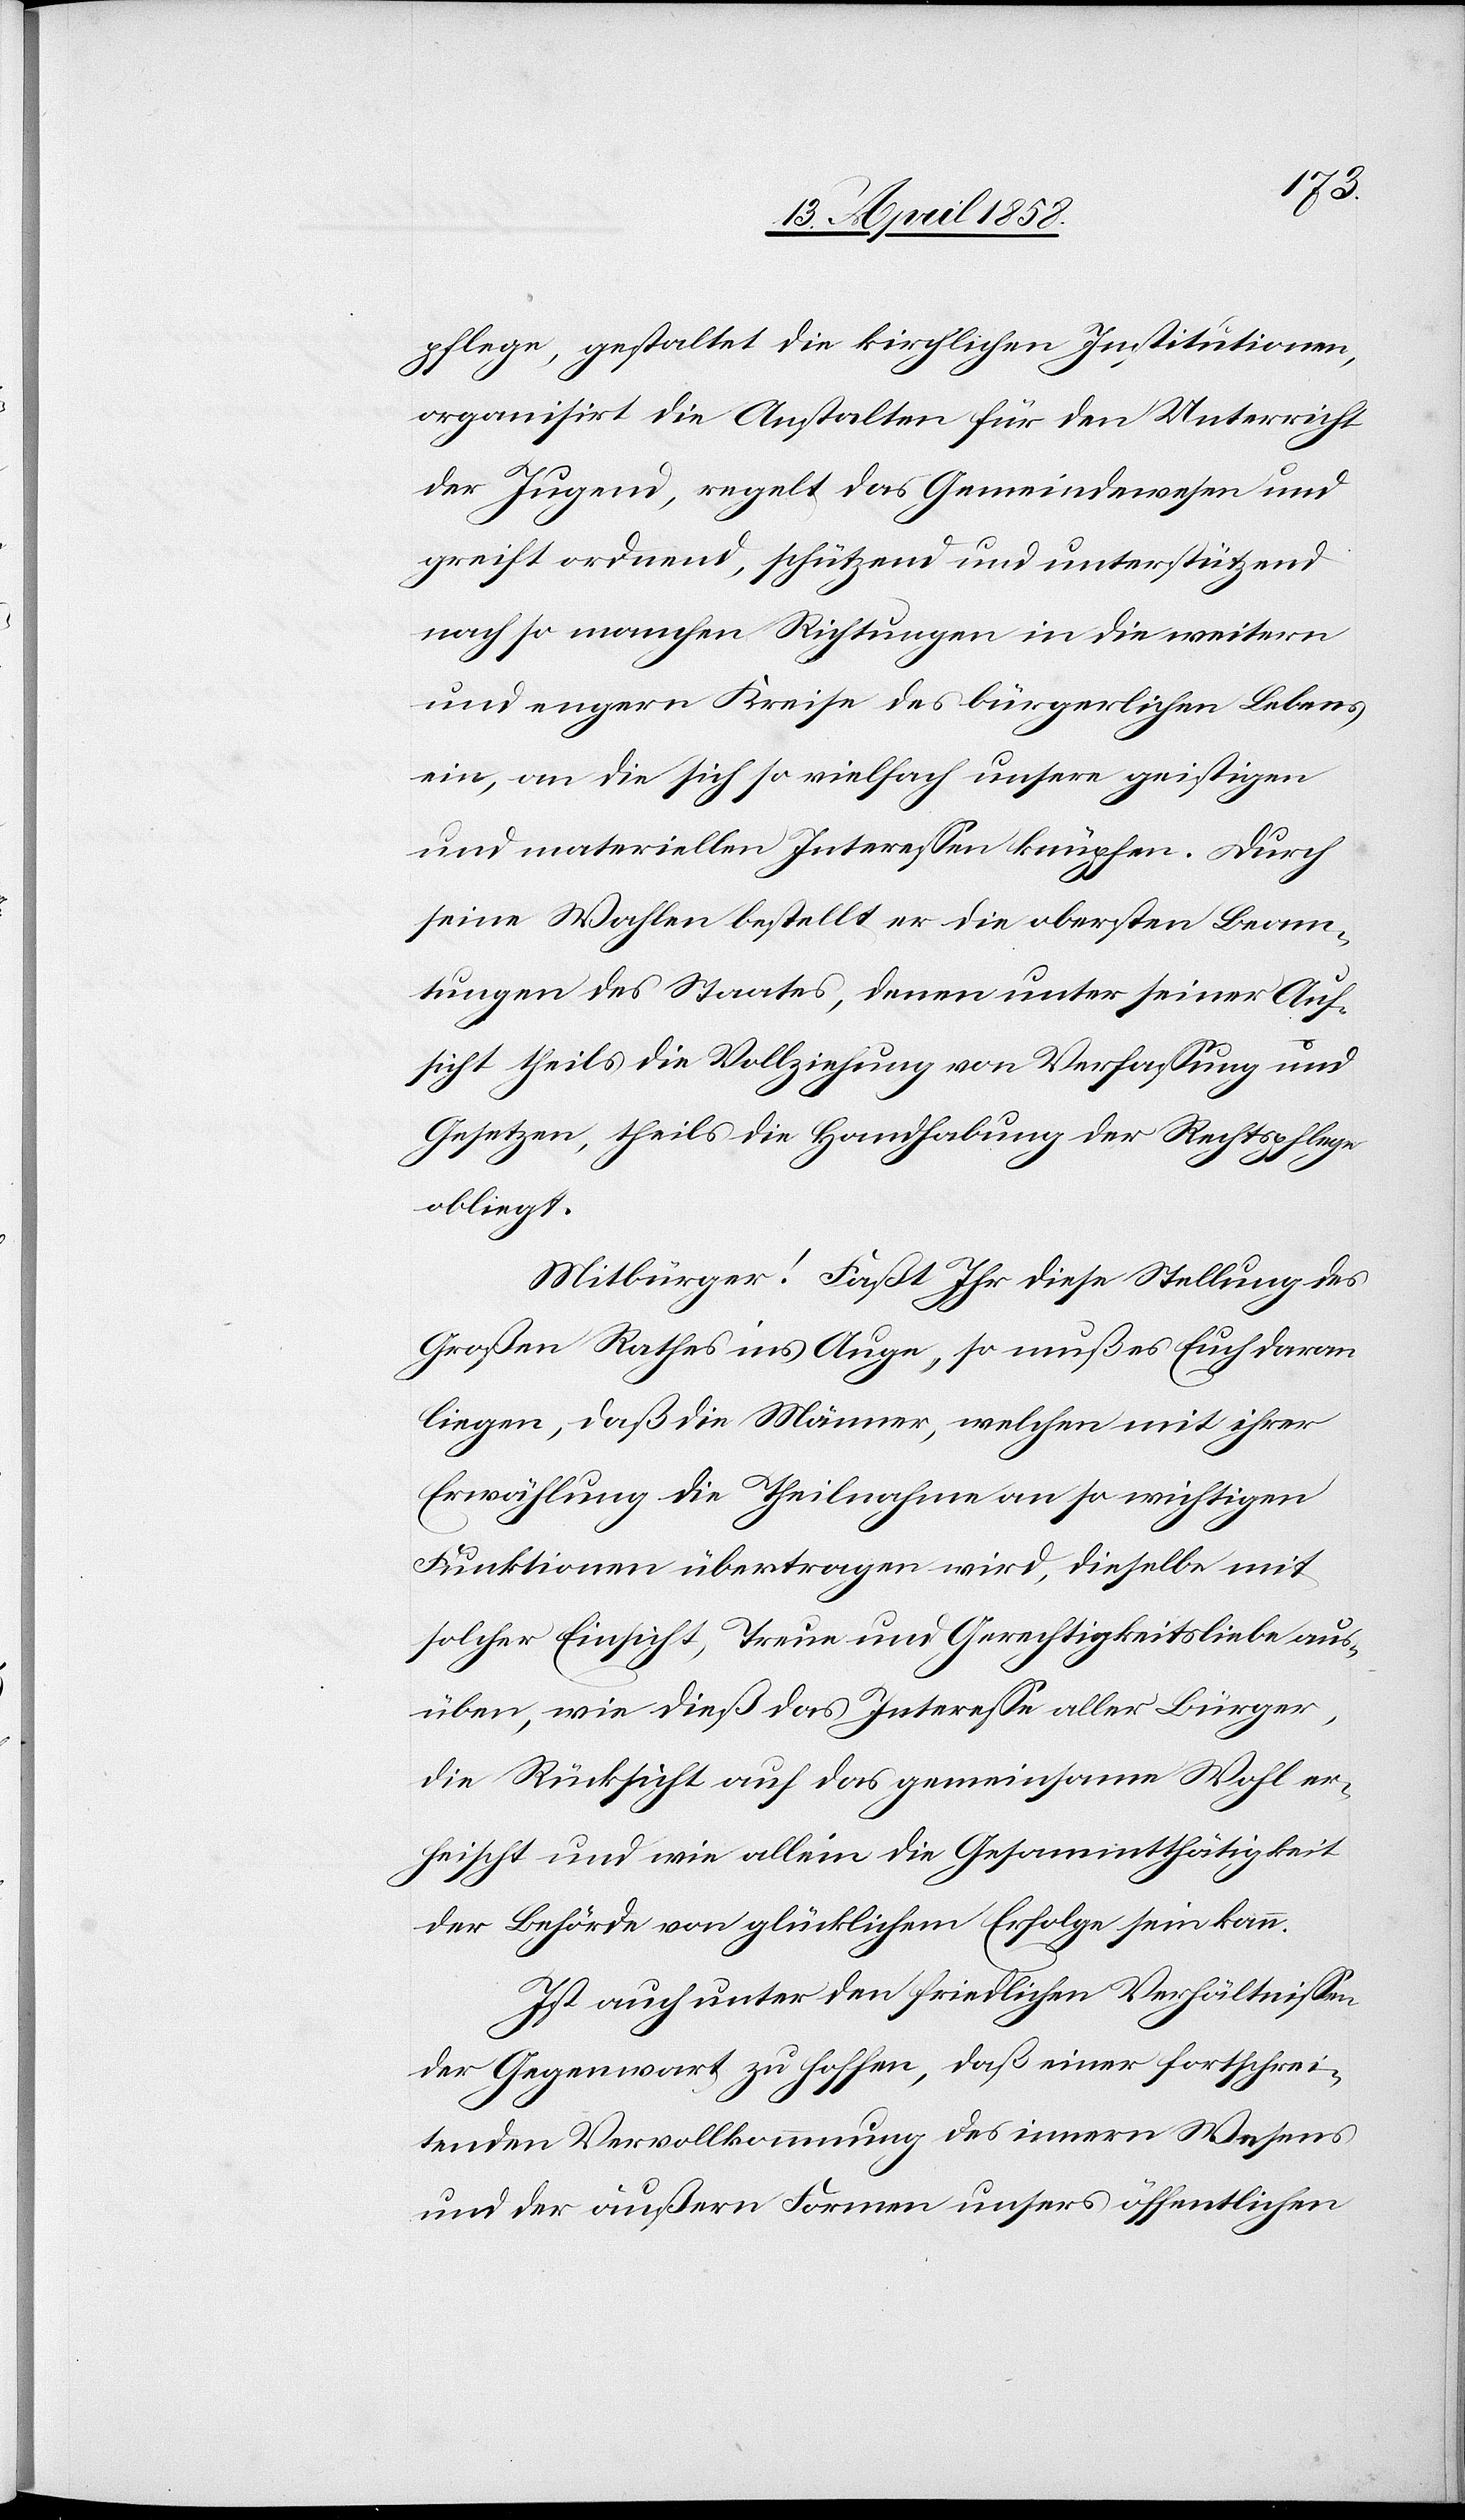
pflege, gestaltet die kirchlichen Institutionen,
organisirt die Anstalten für den Unterricht
der Jugend, regelt das Gemeindewesen und
greift ordnend, schützend und unterstützend
nach so manchen Richtungen in die weitern
und engern Kreise des bürgerlichen Lebens
ein, an die sich so vielfach unsere geistigen
und materiellen Interessen knüpfen. Durch
seine Wahlen bestellt er die obersten Beam¬
tungen des Staates, denen unter seiner Auf¬
sicht theils die Vollziehung von Verfassung und
Gesetzen, theils die Handhabung der Rechtspflege
obliegt.
Mitbürger! Faßt Ihr diese Stellung des
Großen Rathes ins Auge, so muß es Euch daran
liegen, daß die Männer, welchen mit ihrer
Erwählung die Theilnahme an so wichtigen
Funktionen übertragen wird, dieselbe mit
solcher Einsicht, Treue und Gerechtigkeitsliebe aus¬
üben, wie dieß das Interesse aller Bürger,
die Rücksicht auf das gemeinsame Wohl er¬
heischt und wie allein die Gesammthätigkeit
der Behörde von glücklichem Erfolge sein kann.
Ist auch unter den friedlichen Verhältnissen
der Gegenwart zu hoffen, daß einer fortschrei¬
tenden Vervollkommnung des innern Wesens
und der äußern Formen unsers öffentlichen